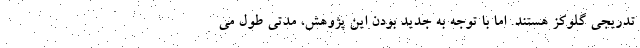
تدریجی گلوکز هستند. اما با توجه به جدید بودن این پژوهش، مدتی طول می